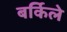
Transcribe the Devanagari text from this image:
बर्किले